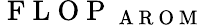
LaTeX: \mathrm{~F~L~O~P~}_{\mathrm{~A~R~O~M~}}